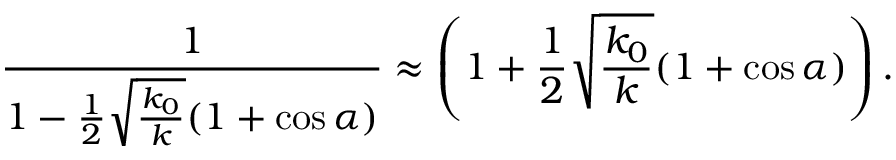
\frac { 1 } { 1 - \frac { 1 } { 2 } \sqrt { \frac { k _ { 0 } } { k } } ( 1 + \cos \alpha ) } \approx \left( 1 + \frac { 1 } { 2 } \sqrt { \frac { k _ { 0 } } { k } } ( 1 + \cos \alpha ) \right) .